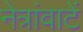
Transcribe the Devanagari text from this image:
नेत्रांवाटें